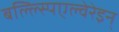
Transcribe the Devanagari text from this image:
बल्ल्स्पिएल्वेरेइन्